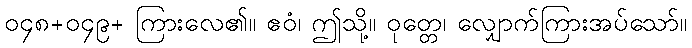
၀၄၈+၀၄၉+ ကြားလေ၏။ ဧဝံ၊ ဤသို့။ ဝုတ္တေ၊ လျှောက်ကြားအပ်သော်။